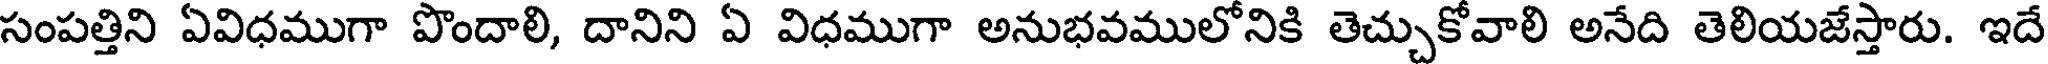
సంపత్తిని ఏవిధముగా పొందాలి, దానిని ఏ విధముగా అనుభవములోనికి తెచ్చుకోవాలి అనేది తెలియజేస్తారు. ఇదే